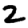
Digit: 2